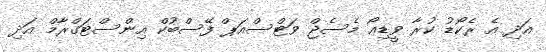
އަދި އެ ރެކޯޑު ކުރާ ވީޑިއޯ މެސެޖް ވަޓްސްއަޕް ފޭސްބުކް އިންސްޓަގްރާމް އަދި